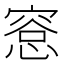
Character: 𪬛